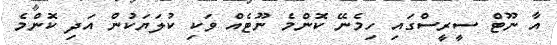
އާ ނޫޓް ސީރީސްގައި ހިމެނޭ ކޮންމެ ނޫޓެއް ވަކި ކުލަޔަކުން އަދި ކޮންމެ